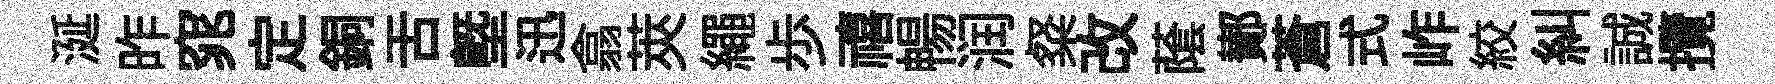
涎昨窕定銅舌塈迅翕莢繩歩禧暢润粲改䕃鄼蒼式岞絞糾誠攬